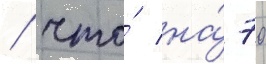
/ что́ на́ 70